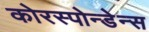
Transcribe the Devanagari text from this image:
कोरस्पोन्डेन्स